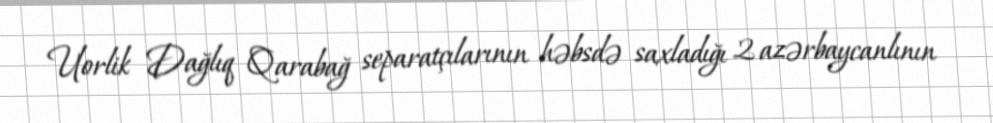
Uorlik Dağlıq Qarabağ separatçılarının həbsdə saxladığı 2 azərbaycanlının